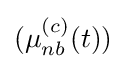
(\mu _{nb}^{(c)}(t))